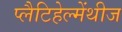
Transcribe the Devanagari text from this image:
प्लैटिहेल्मेंथीज